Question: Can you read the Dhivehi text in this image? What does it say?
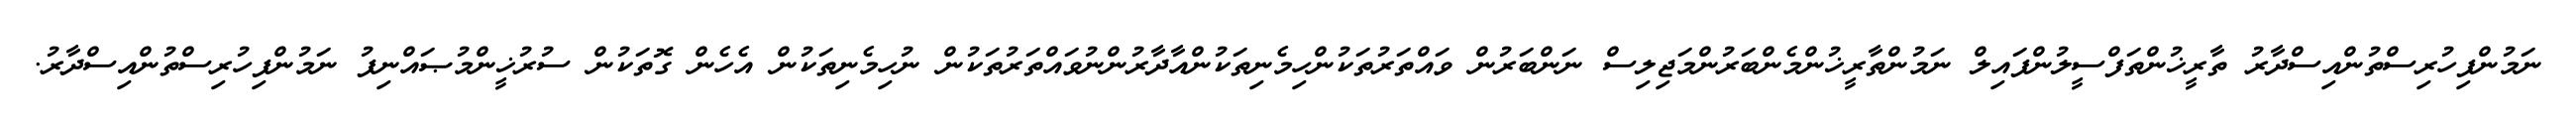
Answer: ނަމުންފިހުރިސްތުންއިސްދާރު ތާރީޚުންތަފްސީލުންފައިލް ނަމުންތާރީޚުންމެންބަރުންމަޖިލިސް ނަންބަރުން ވައްތަރުތަކުންހިމެނިތަކުންއާދާރުންނުވައްތަރުތަކުން ނުހިމެނިތަކުން އެހެން ގޮތަކުން ސުރުޚީންމުޞައްނިފު ނަމުންފިހުރިސްތުންއިސްދާރު.